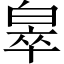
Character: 𬐎